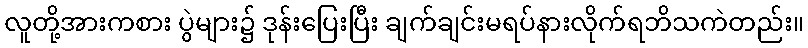
လူတို့အားကစား ပွဲများ၌ ဒုန်းပြေးပြီး ချက်ချင်းမရပ်နားလိုက်ရဘိသကဲတည်း။